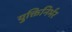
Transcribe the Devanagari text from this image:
युक्तिनिर्भर